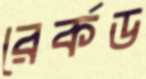
রের্কড